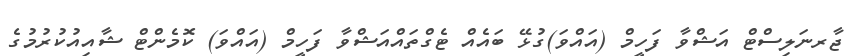
ޖާރނަލިސްޓް އަޝްވާ ފަހީމް (އައްވަ)ގުޅޭ ބައެއް ޓެގްތައްއަޝްވާ ފަހީމް (އައްވަ) ކޮމެންޓް ޝާއިއުކުރުމުގެ